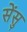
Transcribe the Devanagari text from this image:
सेंसु